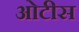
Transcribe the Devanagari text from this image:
ओटीस